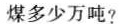
煤多少万吨?